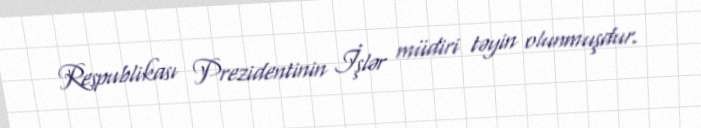
Respublikası Prezidentinin İşlər müdiri təyin olunmuşdur.